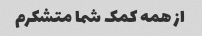
از همه کمک شما متشکرم